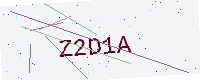
Text: Z2D1A